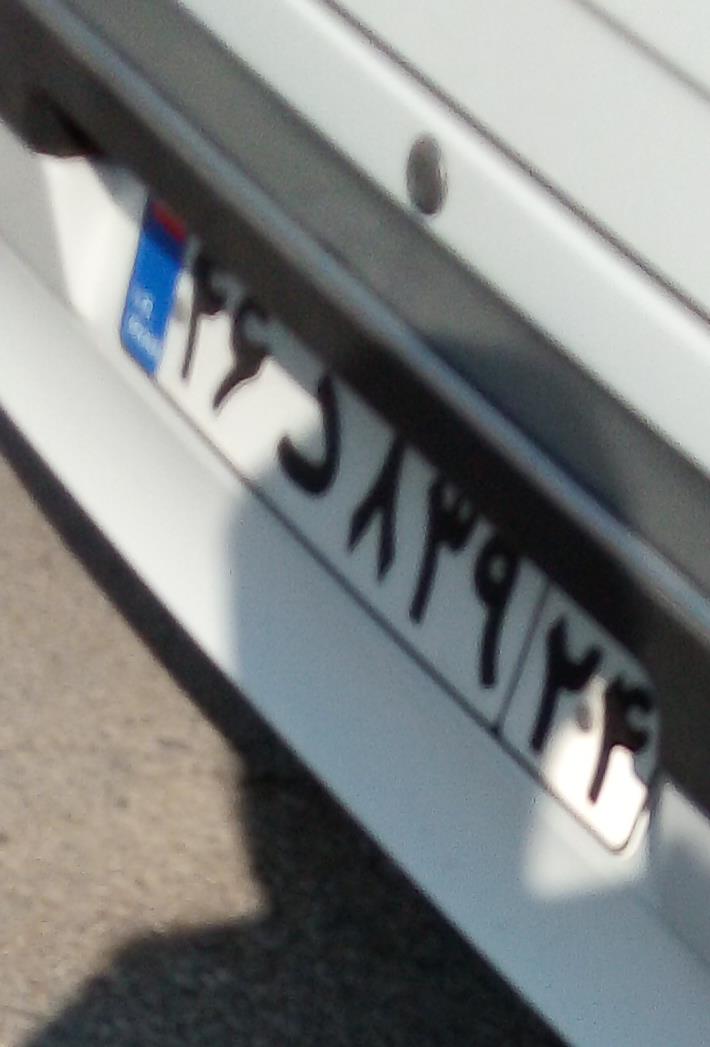
۴۶د۸۳۹۲۴